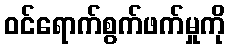
ဝင်ရောက်စွက်ဖက်မှုကို